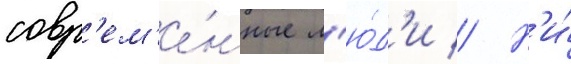
совр'ем'е́нные л'ю́д'и // Н'и́